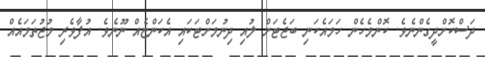
ދަސްކޮށްދީގެންނެވެ. ކޮންމެހެން ހަމައެކަނި ބަޖެޓަށް ލުއި ދިނުމަށްޓަކައި އެކަންޏެއް ނޫނެވެ. އުފާވެރި މުޖުތަމައެއް